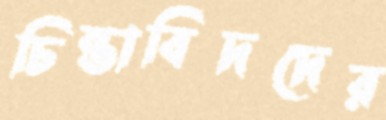
চিন্তাবিদদের